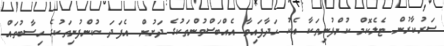
ސަރުކާރުން ޓެލެކޮމް ކުންފުނިތަކާ އެކު ހަދާފައިވާ އެއްބަސްވުންތަކުގެ ދަށުން އެފަދަ ކުންފުނިތަކުގެ ހިސާބުތައް